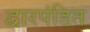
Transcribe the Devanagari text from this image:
द्वारपंडित